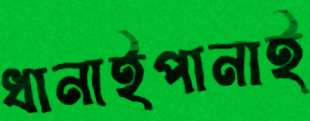
ধানাইপানাই